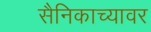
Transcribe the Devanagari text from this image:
सैनिकाच्यावर